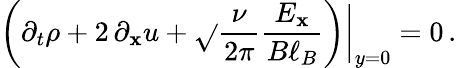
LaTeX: \left(\partial_{t}\rho+2\, \partial_{\mathbf{x}}u+\sqrt{}{{\frac{{\nu}}{{2\pi}}}}\frac{{E_{\mathbf{x}}}}{{B\ell_{B}}}\right)\bigg|_{y=0}=0\, .